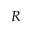
R